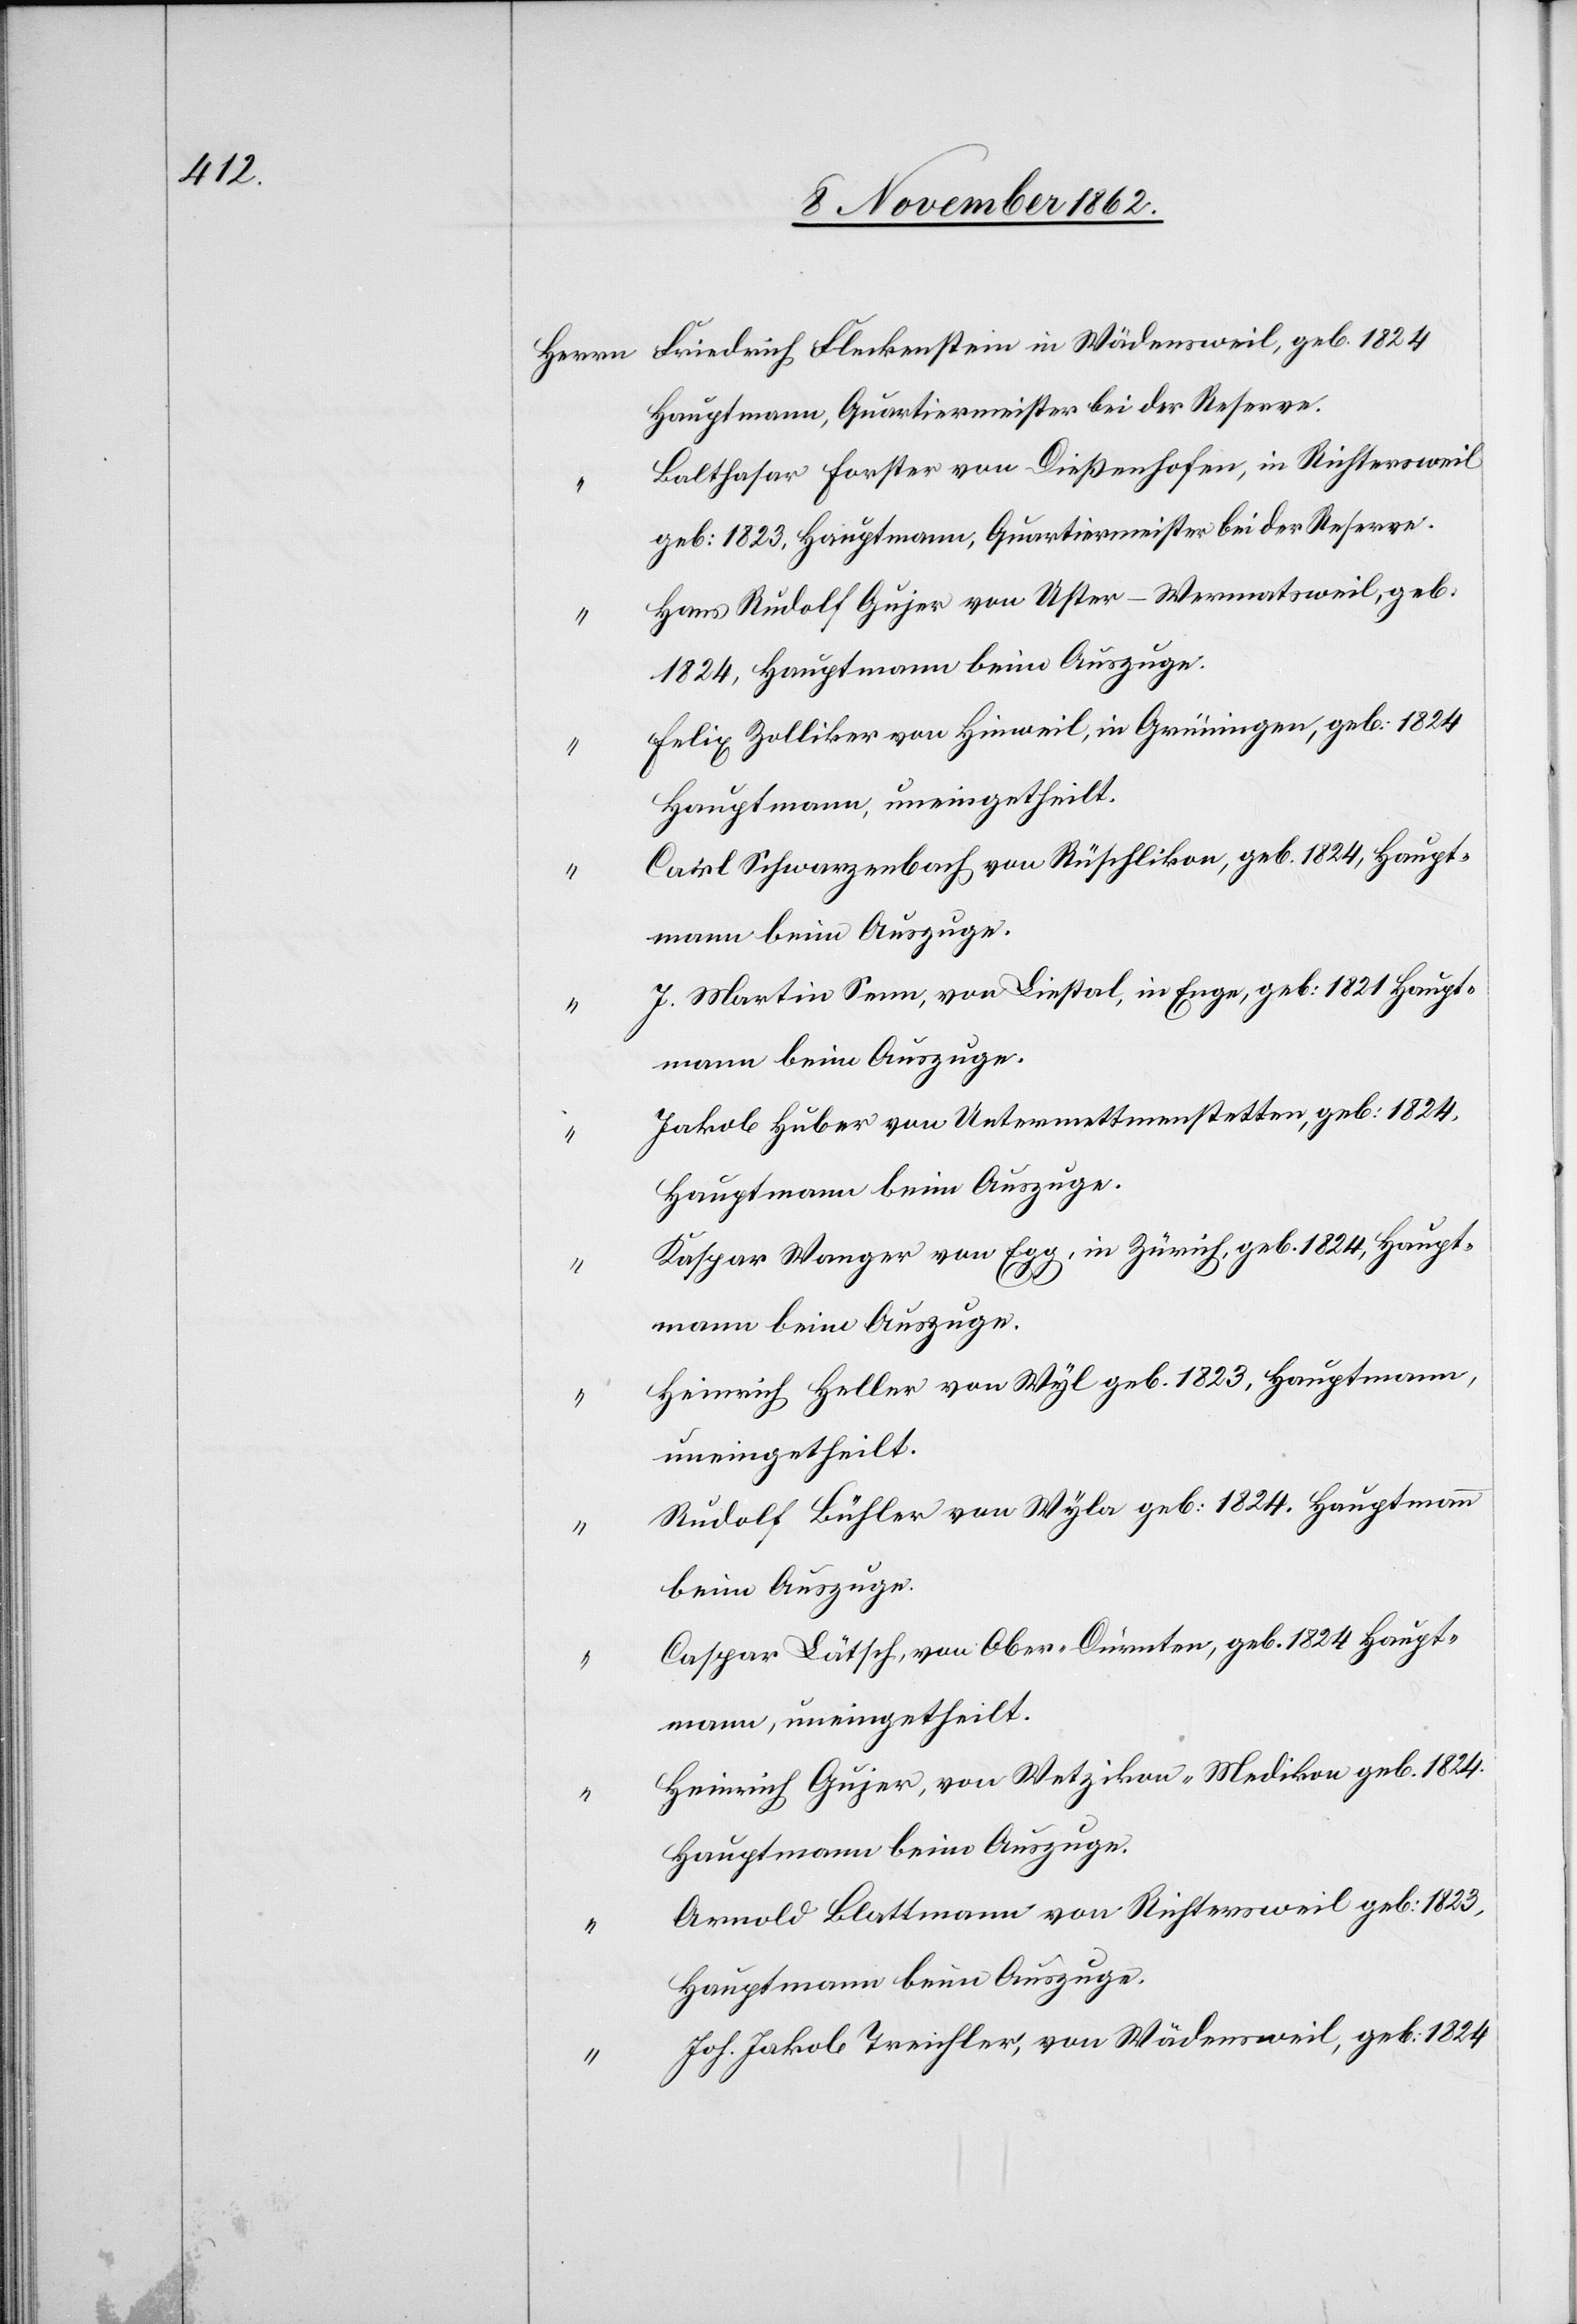
“

Friedrich Fleckenstein in Wädensweil, geb. 1824
Hauptmann, Quartiermeister bei der Reserve.
Balthasar Forster von Dießenhofen, in Richtersweil
geb: 1823, Hauptmann, Quartiermeister bei der Reserve.
Hans Rudolf Gujer von Uster–Wermatsweil, geb.
1824, Hauptmann beim Auszuge.
Felix Zolliker von Hinweil, in Grüningen, geb: 1824
Hauptmann, uneingetheilt.
Carl Schwarzenbach von Rüschlikon, geb., 1824, Haupt¬
mann beim Auszuge.
J. Martin Senn, von Liestal, in Enge, geb: 1821 Haupt¬
mann beim Auszuge.
Jakob Huber von Untermettmenstetten, geb: 1824,
Hauptmann beim Auszuge.
Kaspar Wanger von Egg, in Zürich, geb. 1824, Haupt¬
mann beim Auszuge.
Heinrich Heller von Wyl geb. 1823, Hauptmann,
uneingetheilt.
Rudolf Bühler von Wyla geb. 1823, Hauptmann
beim Auszuge.
Caspar Lätsch, von Ober-Dürnten, geb. 1824 Haupt¬
mann, uneingetheilt.
Heinrich Gujer, von Wetzikon-Medikon geb. 1824.
Hauptmann beim Auszuge.
Arnold Blattmann von Richtersweil geb: 1823,
Hauptmann beim Auszuge.
Joh. Jakob Treichler, von Wädensweil, geb. 1824